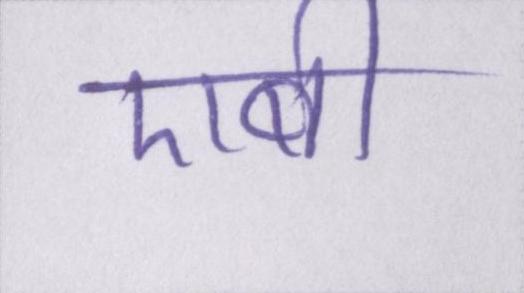
एबी